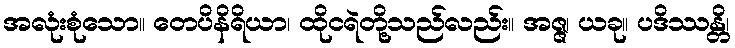
အလုံးစုံသော။ တေပိနိရိယာ၊ ထိုငရဲတို့သည်လည်း။ အဇ္ဇ၊ ယခု။ ပဒိဿန္တိ၊